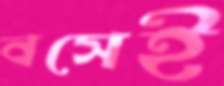
বসেই